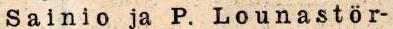
Sainio ja P. Lounastör-